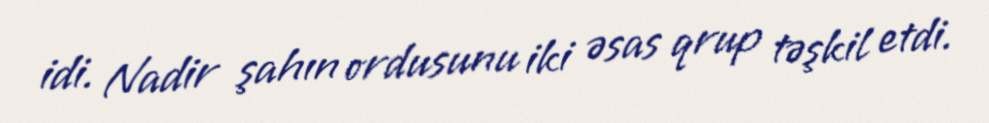
idi. Nadir şahın ordusunu iki əsas qrup təşkil etdi.